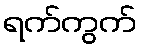
ရက်ကွက်